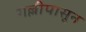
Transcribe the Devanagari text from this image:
गल्लीपासून